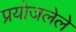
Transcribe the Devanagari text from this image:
प्रयोजलेले